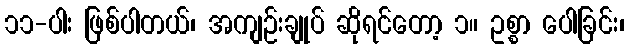
၁၁-ပါး ဖြစ်ပါတယ်၊ အကျဉ်းချုပ် ဆိုရင်တော့ ၁။ ဥစ္စာ ပေါခြင်း၊